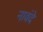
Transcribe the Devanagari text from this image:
नावंदे